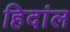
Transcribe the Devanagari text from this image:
हिदांल